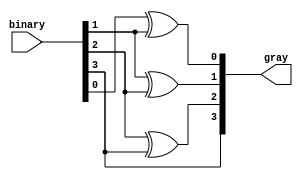

module b_to_g(binary,gray);
input [3:0] binary;
output [3:0] gray;
reg [3:0] gray;

always@(binary)
begin
	gray[0]=binary[0]^binary[1];
	gray[1]=binary[1]^binary[2];
	gray[2]=binary[2]^binary[3];
	gray[3]=binary[3];
end

endmodule